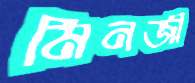
মিনজী